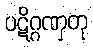
ပဋိဂ္ဂဏှတု